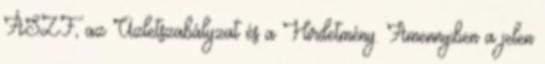
ÁSZF, az Üzletszabályzat és a Hirdetmény. Amennyiben a jelen